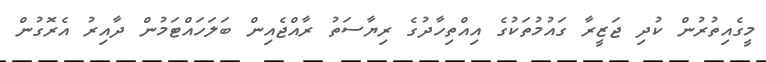
މީގެއިތުރުން ކުދި ޖަޒީރާ ގައުމުތަކުގެ އިއްތިހާދުގެ ރިޔާސަތު ރާއްޖެއިން ބަލަހައްޓަމުން ދާއިރު އެރޮގުން